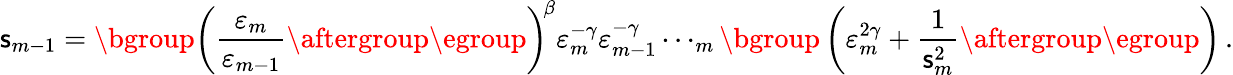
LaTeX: \mathsf{s}_{m-1}=\mathopen{}\mathclose\bgroup\left(\frac{{\varepsilon_{m}}}{{\varepsilon_{m-1}}}\aftergroup\egroup\right)^{\! \beta}\varepsilon_{m}^{-\gamma}\varepsilon_{m-1}^{-\gamma}\cdots_{m}\mathopen{}\mathclose\bgroup\left(\varepsilon_{m}^{2\gamma}+\frac{{1}}{{\mathsf{s}_{m}^{2}}}\aftergroup\egroup\right)\, .